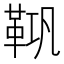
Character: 𮧘